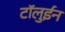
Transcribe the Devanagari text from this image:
टॉलुईन